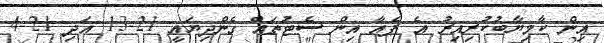
އިން ކާމިޔާބުކުރިއިރު އެ ޕެއާ އިން ސެޓުތައް ގެންދިޔައީ 21-13 އަދި 21-4